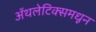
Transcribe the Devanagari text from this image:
ॲथलेटिक्समधून